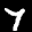
Label: 7